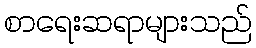
စာရေးဆရာများသည်